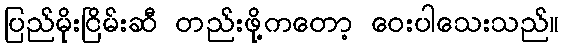
ပြည်မိုးငြိမ်းဆီ တည်းဖို့ကတော့ ဝေးပါသေးသည်။